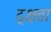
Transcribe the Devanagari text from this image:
द्क्षता